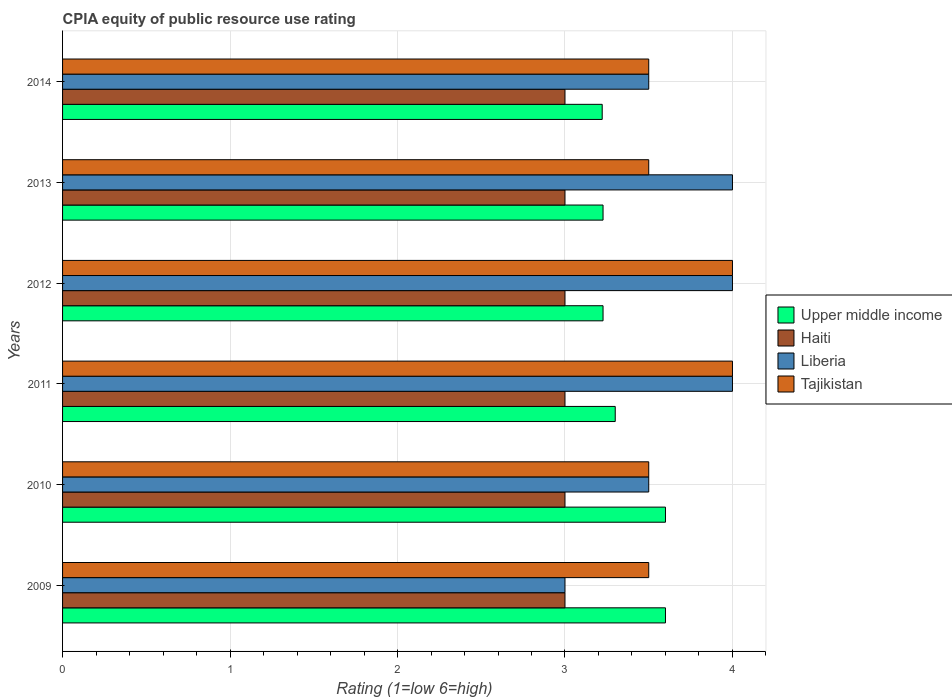
| Years | Upper middle income | Haiti | Liberia | Tajikistan |
 | --- | --- | --- | --- | --- |
 | 2009 | 3.6 | 3 | 3 | 3.5 |
 | 2010 | 3.6 | 3 | 3.5 | 3.5 |
 | 2011 | 3.3 | 3 | 4 | 4 |
 | 2012 | 3.23 | 3 | 4 | 4 |
 | 2013 | 3.23 | 3 | 4 | 3.5 |
 | 2014 | 3.22 | 3 | 3.5 | 3.5 |